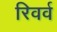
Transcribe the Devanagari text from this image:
रिवर्व